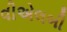
વીએલબી